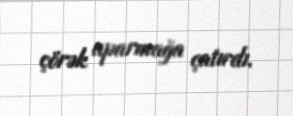
çörək aparmağa çatırdı.